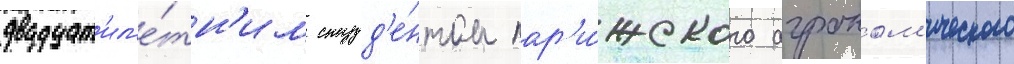
двадцат'ил'е́тн'им студ'е́нтом пар'и́жского агроном'ического